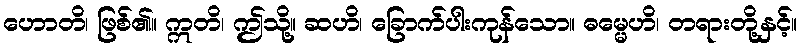
ဟောတိ၊ ဖြစ်၏။ ဣတိ၊ ဤသို့။ ဆဟိ၊ ခြောက်ပါးကုန်သော။ ဓမ္မေဟိ၊ တရားတို့နှင့်။